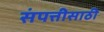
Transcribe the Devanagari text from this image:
संपत्तीसाठी